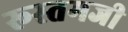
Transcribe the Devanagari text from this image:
रूस्‍तमजी